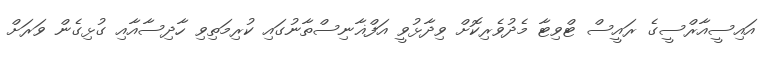
އައިސީއާރްސީގެ ރައީސް ޓްވިޓާ މެދުވެރިކޮށް ވިދާޅުވީ އަފްޣާނިސްތާނުގައި ކުރިމަތިވި ހާދިސާއާއި ގުޅިގެން ވަރަށް